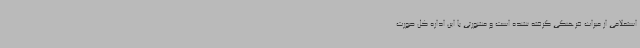
استعلامی از میراث فرهنگی گرفته نشده است و مشورتی با این اداره کل صورت